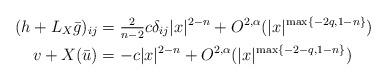
LaTeX: \begin{align*}(h + L_X\bar g)_{ij} &= \tfrac{2}{n-2} c\delta _{ij} |x|^{2-n} + O^{2,\alpha}(|x|^{\max\{-2q, 1-n \}})\\v + X(\bar u) &= -c |x|^{2-n} + O^{2,\alpha}(|x|^{\max\{-2-q, 1-n \}})\end{align*}